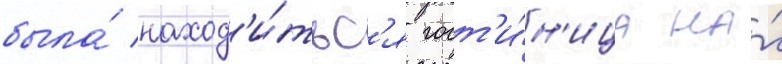
была́ наход'и́тьс'я гост'и́н'ица на́